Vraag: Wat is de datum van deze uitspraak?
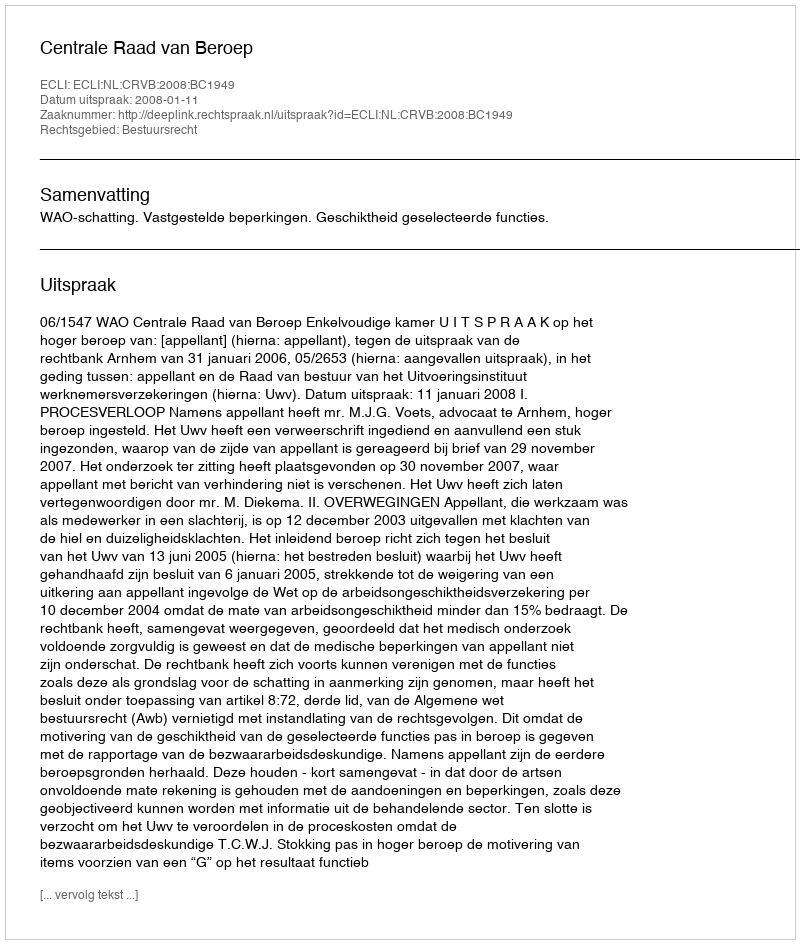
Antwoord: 2008-01-11